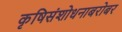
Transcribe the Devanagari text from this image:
कृषिसंशोधनाबरोबर